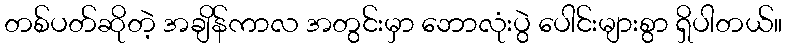
တစ်ပတ်ဆိုတဲ့ အချိန်ကာလ အတွင်းမှာ ဘောလုံးပွဲ ပေါင်းများစွာ ရှိပါတယ်။